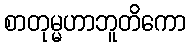
စာတုမ္မဟာဘူတိကော